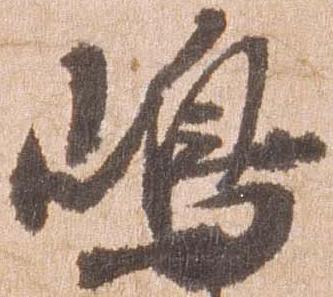
嶋